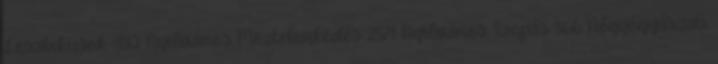
Leszbikusok 480 Nyilvános Meztelenkedés 2871 Nyilvános Szopás 866 Nőgyógyászati